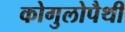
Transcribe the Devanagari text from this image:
कोगुलोपैथी